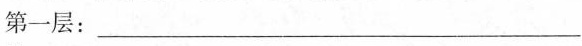
第一层：___